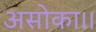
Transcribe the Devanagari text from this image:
असोका।।